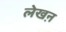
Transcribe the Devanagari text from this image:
लेखऩ